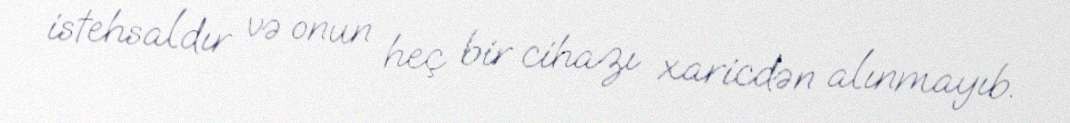
istehsaldır və onun heç bir cihazı xaricdən alınmayıb.